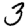
Digit: 3